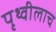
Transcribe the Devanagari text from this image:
पृथ्वीलाच